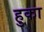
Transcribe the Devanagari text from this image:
हुका